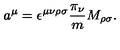
a ^ { \mu } = \epsilon ^ { \mu \nu \rho \sigma } \frac { \pi _ { \nu } } { m } M _ { \rho \sigma } .